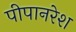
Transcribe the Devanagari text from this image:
पीपानरेश